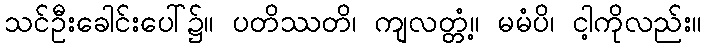
သင်ဦးခေါင်းပေါ်၌။ ပတိဿတိ၊ ကျလတ္တံ့။ မမံပိ၊ ငါ့ကိုလည်း။